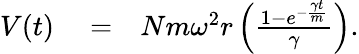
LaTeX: \begin{array}{rlr}{V(t)}&{{}=}&{Nm\omega^{2}r\left({\frac{1-e^{-{\frac{\gamma t}{m}}}}{\gamma}}\right).}\end{array}